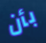
بأن